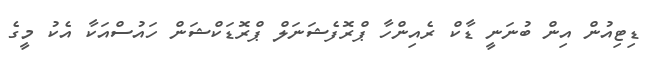
ޑިޓިއުން އިން ބުނަނީ ޑާކް ރެއިންހާ ޕްރޮފެޝަނަލް ޕްރޮޑަކްޝަން ހައުސްއަކާ އެކު މީގެ